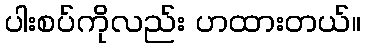
ပါးစပ်ကိုလည်း ဟထားတယ်။